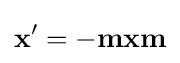
\mathbf {x} '=-\mathbf {mxm}